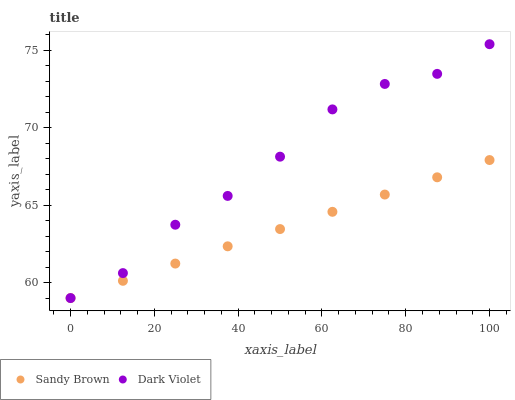
| xaxis_label | Sandy Brown | Dark Violet |
 | --- | --- | --- |
 | 0 | 59 | 59 |
 | 12.5 | 60.1 | 60.6 |
 | 25 | 61.2 | 63.7 |
 | 37.5 | 62.3 | 65.6 |
 | 50 | 63.5 | 68.1 |
 | 62.5 | 64.6 | 71.2 |
 | 75 | 65.7 | 72.8 |
 | 87.5 | 66.8 | 73.5 |
 | 100 | 67.9 | 75.4 |